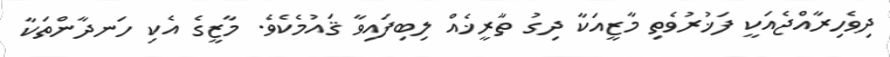
ދިވެހިރާއްޖެއަކީ ފަޚުރުވެތި މާޒީއަކާ ދިގު ތާރީޚެއް ލިބިފައިވާ ޤައުމެކެވެ. މާޒީގެ އެކި ހަނދާންތަކާ